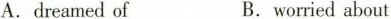
A.dreamed ofB.worried about